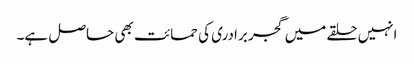
انہیں حلقے میں گجر برادری کی حمائت بھی حاصل ہے۔